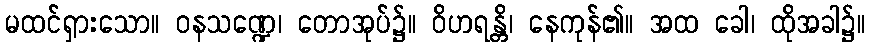
မထင်ရှားသော။ ဝနသဏ္ဍေ၊ တောအုပ်၌။ ဝိဟရန္တိ၊ နေကုန်၏။ အထ ခေါ၊ ထိုအခါ၌။